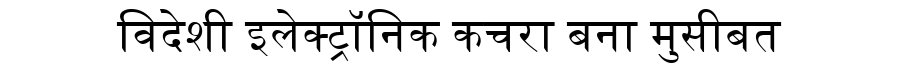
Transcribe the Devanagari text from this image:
विदेशी इलेक्ट्रॉनिक कचरा बना मुसीबत